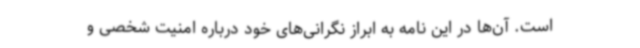
است. آن‌ها در این نامه به ابراز نگرانی‌های خود درباره امنیت شخصی و